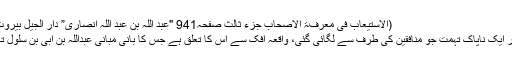
(الاستیعاب فی معرفۃ الاصحاب جزء ثالث صفحہ941 "عبد اللہ بن عبد اللہ انصاری” دار الجیل بیروت)
پھر ایک ناپاک تہمت جو منافقین کی طرف سے لگائی گئی، واقعۂ افک سے اس کا تعلق ہے جس کا بانی مبانی عبداللہ بن اُبی بن سلول تھا۔